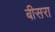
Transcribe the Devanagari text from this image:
बीसरा